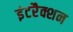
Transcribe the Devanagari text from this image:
इंटरैक्शन